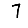
Digit: 7